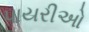
પાયરીઓ